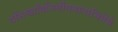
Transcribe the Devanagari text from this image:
वसिष्ठादिभिर्गीयमानाभिधेये